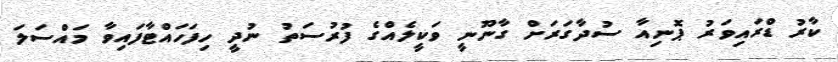
ކާރު ޑްރައިވަރު ޕޮނިއާ ސުދާގަރަށް ގާނޫނީ ވަކީލެއްގެ ފުރުސަތު ނުދީ ހިފަހައްޓާފައިވާ މައްސަލަ